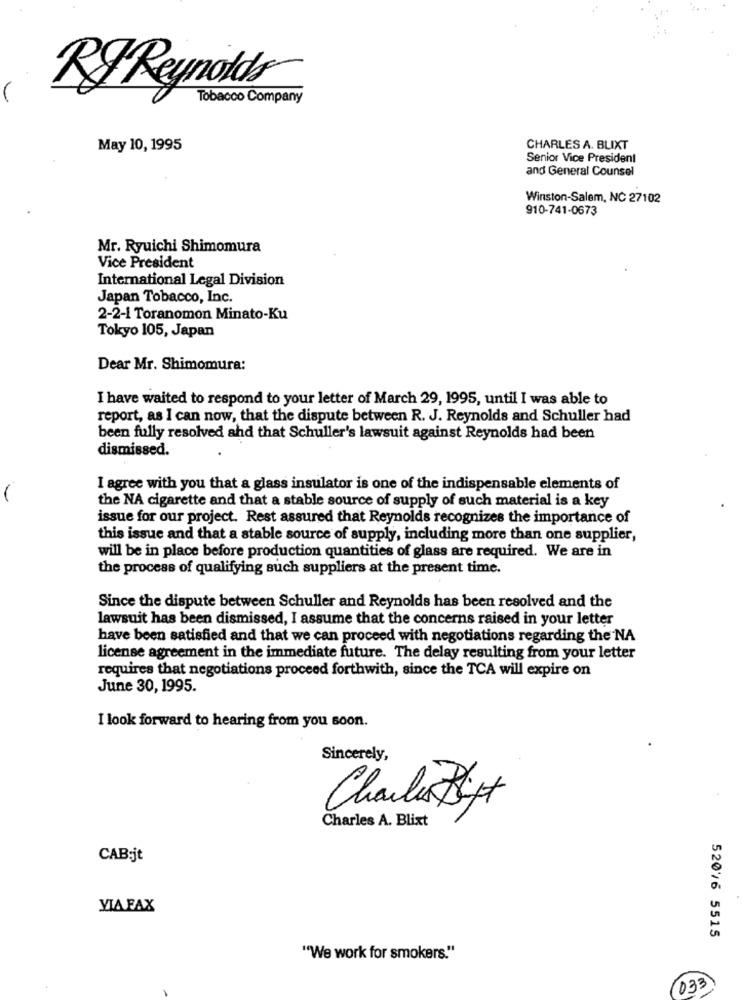
RF Reynolds
Tobacco Company
May 10, 1995
CHARLES A. BLIXT
Senior Vice President
and General Counsel
Winston-Salem, NC 27102
910-741-0673
Mr. Ryuichi Shimomura
Vice President
International Legal Division
Japan Tobacco, Inc.
2-2-1 Toranomon Minato-Ku
Tokyo 105, Japan
Dear Mr. Shimomura:
I have waited to respond to your letter of March 29, 1995, until I was able to
report, as I can now, that the dispute between R. J. Reynolds and Schuller had
been fully resolved ahd that Schuller's lawsuit against Reynolds had been
dismissed.
I agree with you that a glass insulator is one of the indispensable elements of
the NA cigarette and that a stable source of supply of such material is a key
issue for our project. Rest assured that Reynolds recognizes the importance of
this issue and that a stable source of supply, including more than one supplier,
will be in place before production quantities of glass are required. We are in
the process of qualifying such suppliers at the present time.
Since the dispute between Schuller and Reynolds has been resolved and the
lawsuit has been dismissed, I assume that the concerns raised in your letter
have been satisfied and that we can proceed with negotiations regarding the NA
license agreement in the immediate future. The delay resulting from your letter
requires that negotiations proceed forthwith, since the TCA will expire on
June 30, 1995.
I look forward to hearing from you soon.
Sincerely,
Charlie Bijt
Charles A. Blixt
CAB:jt
VIA FAX
52076 5515
"We work for smokers."
(033)